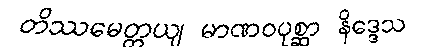
တိဿမေတ္တယျ မာဏဝပုစ္ဆာ နိဒ္ဒေသ